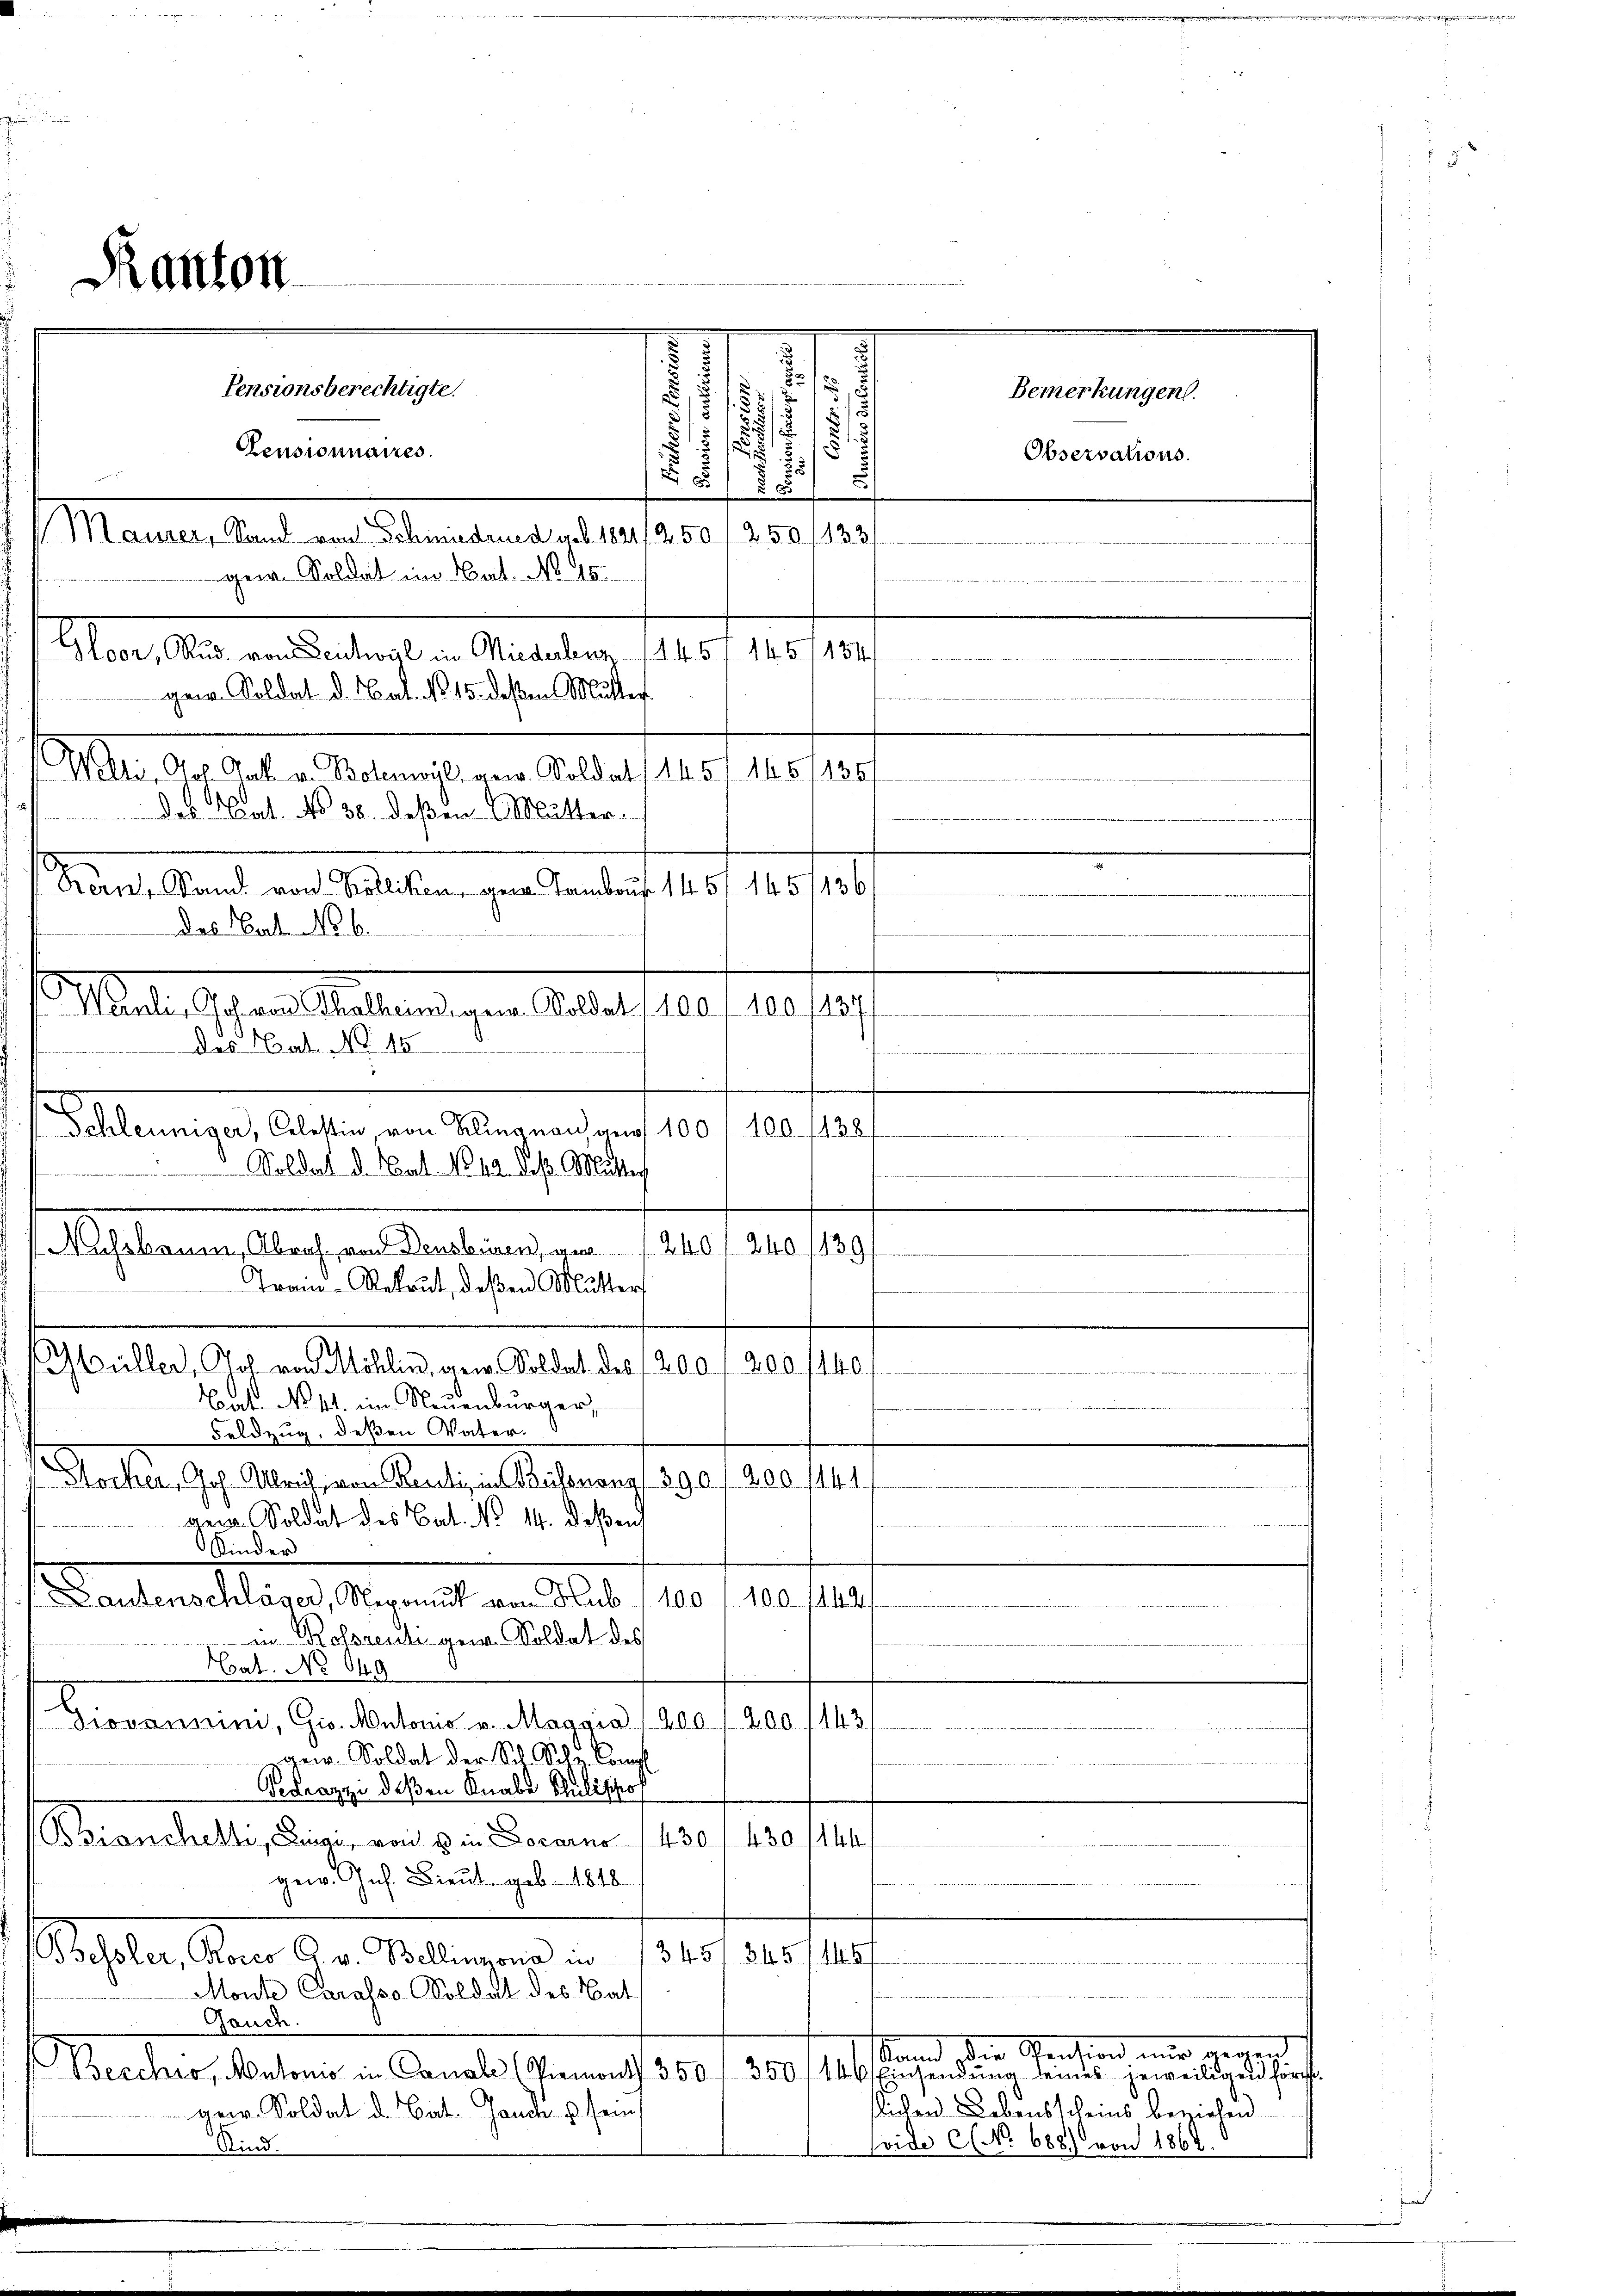
d

Pensionsberechtigte.
Censionnaires.
gegange
sat. No 36. deßen Mutter.
Bern, Sand von Kölliken, gern Tambau 1457. 145/136/
das Paten No 6.
Mad. Schranstaltung in Aber 180. 10/10.
das Cat. No. 15
Schleuniger, Celettin, von Klingnau gen 100 f 100. 1138

Soldat d. Nat. No. 12. daß Mutter
Aassbaum, Abrah von Densbüren, gar 240 f 240 (139
Train-Rekrut, deßen Mutters
üller, Joh. von Möhlin, gew. Soldat des 1200 f 200 (140
Nat No 11. im Neuenburger,

e
Feldzug, deßen Vater.
Nocker, Joh. Ulrich, von Renti, in Bisnang, 390. 1200. 1444.
gem. Soldat des Cat. No 14. deßen
Kinder
autenschläser, Nepomuk von Hub / 100. f. 100. 1142/
in Rossrenti gen. Soldat des
Hat. No 649
Giovannini, Gio. Antonis v. Maggia 400 / 200 (143
x
ger. Soldat der Sch. Schr. Compl
Gedrazzi deßen Knabe Schulishof
Bronchetti, Linai, von 8 in Locarno 1430 f 430 (144.
gen. Joh. Bieut. geb. 1818.
Echalen den Gr. Waldungen an. 151 f 30 f.
Monte Carasso Soldat des Nat
e
Gauch.
and, der Pension mir wegen
Berchro, Autonio in Canale (Piemont 350 f 350 f 146 Einsendŭng seines jeweiligen für
flichen Lebensscheins beziehen
ger. Soldat d. Cat. Jauche u. sein
soide C (No 688) von 1862. 6
Kind.

Kanton

12. der aber Madamens von Anstalt 10 f 10 189

7
2
1/2
.
.
u
5

e
Maurer, Sand von Schmidrued geb. 1821/250/ 250 (133/
gen. Soldat im Nat. No 45
a
Gloor, Rud. von Leichwyl im Niederbeug. 14. 451 145. 1434/
gew. Soldat d. Cat. No 15. deßen Mutter

.
s
1

Bemerkungen.
Observations.

.
.
e

.